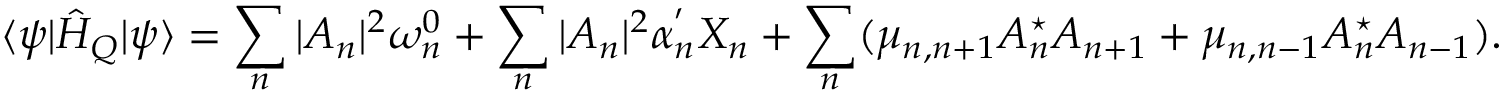
\langle \psi | \hat { H } _ { Q } | \psi \rangle = \sum _ { n } | A _ { n } | ^ { 2 } \omega _ { n } ^ { 0 } + \sum _ { n } | A _ { n } | ^ { 2 } \alpha _ { n } ^ { ' } X _ { n } + \sum _ { n } ( \mu _ { n , n + 1 } A _ { n } ^ { \star } A _ { n + 1 } + \mu _ { n , n - 1 } A _ { n } ^ { \star } A _ { n - 1 } ) .